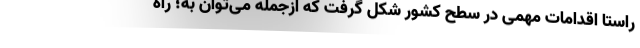
راستا اقدامات مهمی در سطح کشور شکل گرفت که ازجمله می‌توان به؛ راه